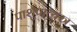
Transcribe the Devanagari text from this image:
पाशुपात्यस्त्र